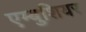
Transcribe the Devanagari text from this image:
एम्बुशियर